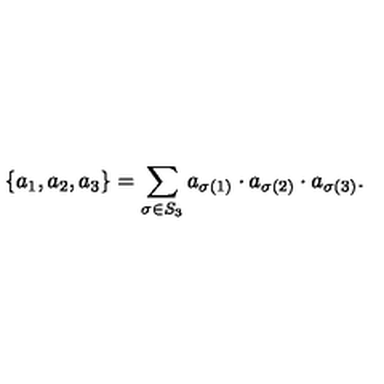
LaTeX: \{ a _ { 1 } , a _ { 2 } , a _ { 3 } \} = \sum _ { \sigma \in S _ { 3 } } a _ { \sigma ( 1 ) } \cdot a _ { \sigma ( 2 ) } \cdot a _ { \sigma ( 3 ) } .